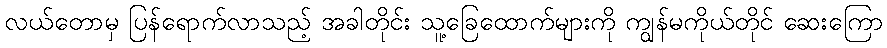
လယ်တောမှ ပြန်ရောက်လာသည့် အခါတိုင်း သူ့ခြေထောက်များကို ကျွန်မကိုယ်တိုင် ဆေးကြော